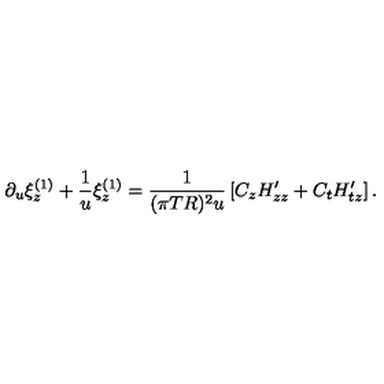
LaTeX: \partial _ { u } \xi _ { z } ^ { ( 1 ) } + { \frac { 1 } { u } } \xi _ { z } ^ { ( 1 ) } = { \frac { 1 } { ( \pi T R ) ^ { 2 } u } } \left[ C _ { z } H _ { z z } ^ { \prime } + C _ { t } H _ { t z } ^ { \prime } \right] .